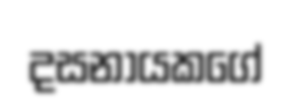
දසනායකගේ